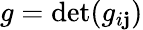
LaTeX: g=\operatorname*{det}(g_{i\mathbf{j}})